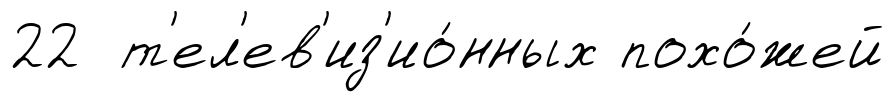
22 т'ел'ев'из'ио́нных похо́жей